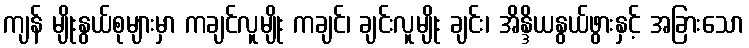
ကျန် မျိုးနွယ်စုများမှာ ကချင်လူမျိုး ကချင်၊ ချင်းလူမျိုး ချင်း၊ အိန္ဒိယနွယ်ဖွားနှင့် အခြားသော